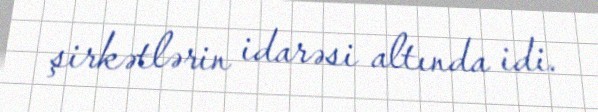
şirkətlərin idarəsi altında idi.